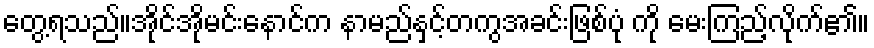
တွေ့ရသည်။အိုင်အိုမင်းနောင်က နာမည်နှင့်တကွအခင်းဖြစ်ပုံ ကို မေးကြည့်လိုက်၏။